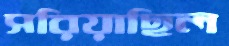
সরিয়াছিল